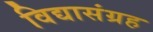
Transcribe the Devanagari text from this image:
विद्यासंग्रह